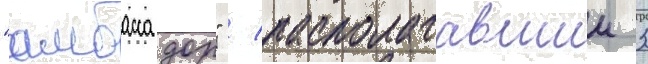
"амбассадор" / располагавшии 3